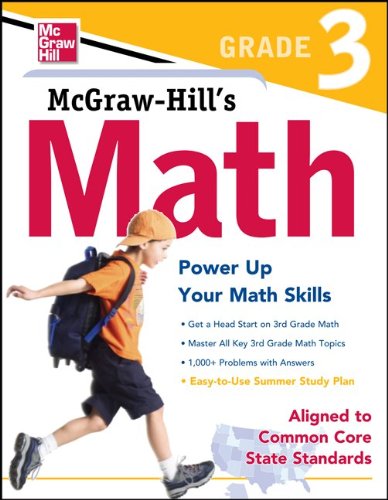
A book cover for McGraw-Hill Math Grade 3; McGraw-Hill Education; Test Preparation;